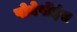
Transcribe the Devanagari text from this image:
पोवेर्पोइंत